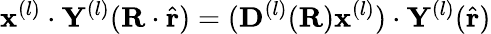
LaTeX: \mathbf{x}^{(l)}\cdot\mathbf{Y}^{(l)}(\mathbf{R}\cdot\hat{\mathbf{r}})=(\mathbf{D}^{(l)}(\mathbf{R})\mathbf{x}^{(l)})\cdot\mathbf{Y}^{(l)}(\hat{\mathbf{r}})